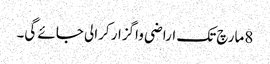
8مارچ تک اراضی واگزار کرالی جائے گی۔